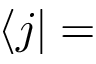
\langle j | =